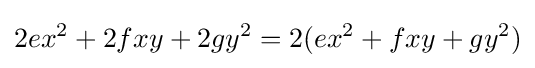
2ex^{2}+2fxy+2gy^{2}=2(ex^{2}+fxy+gy^{2})